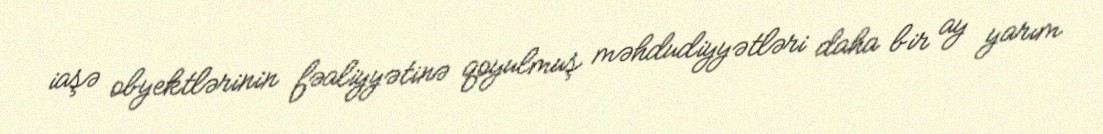
iaşə obyektlərinin fəaliyyətinə qoyulmuş məhdudiyyətləri daha bir ay yarım